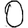
Digit: 0